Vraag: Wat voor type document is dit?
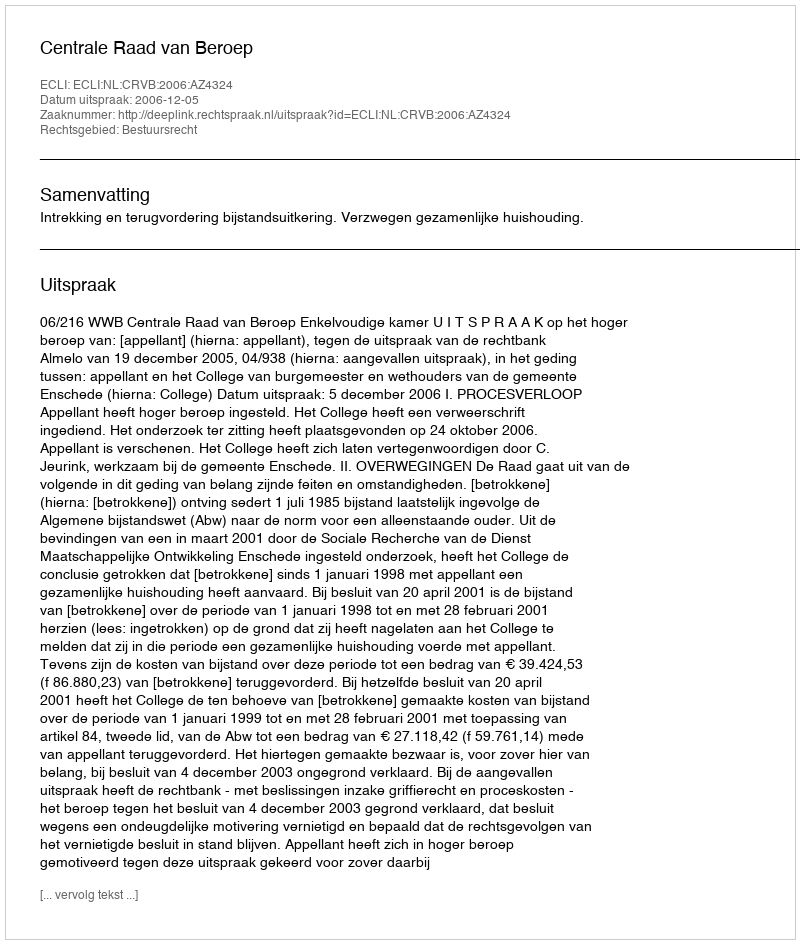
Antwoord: Uitspraak